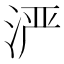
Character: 𬇬